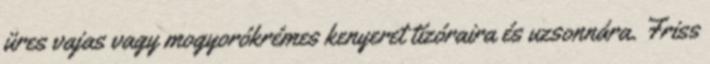
üres vajas vagy mogyorókrémes kenyeret tízóraira és uzsonnára. Friss